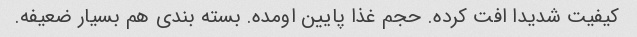
کیفیت شدیدا افت کرده. حجم غذا پایین اومده. بسته بندی هم بسیار ضعیفه.